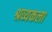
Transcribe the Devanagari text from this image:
श्रव्यकला